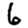
Digit: 6